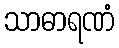
သာဓာရဏံ